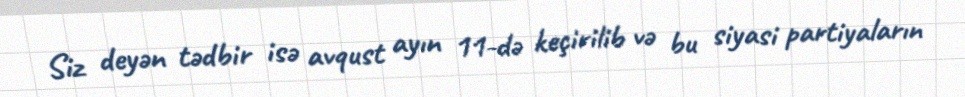
Siz deyən tədbir isə avqust ayın 11-də keçirilib və bu siyasi partiyaların